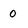
Character: 0